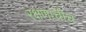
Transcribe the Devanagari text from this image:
रक्षणाचीच